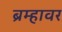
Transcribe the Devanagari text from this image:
ब्रम्हावर